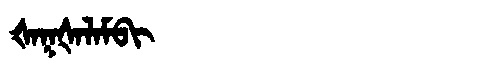
Manchu: ᡧᠠᡴᡧᠠᠯᠠᠮᠪᡳ
Romanization: ŠAKŠALAMBI